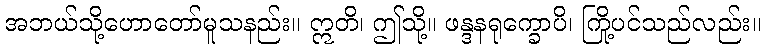
အဘယ်သို့ဟောတော်မူသနည်း။ ဣတိ၊ ဤသို့။ ဖန္ဒနရုက္ခောပိ၊ ကြို့ပင်သည်လည်း။